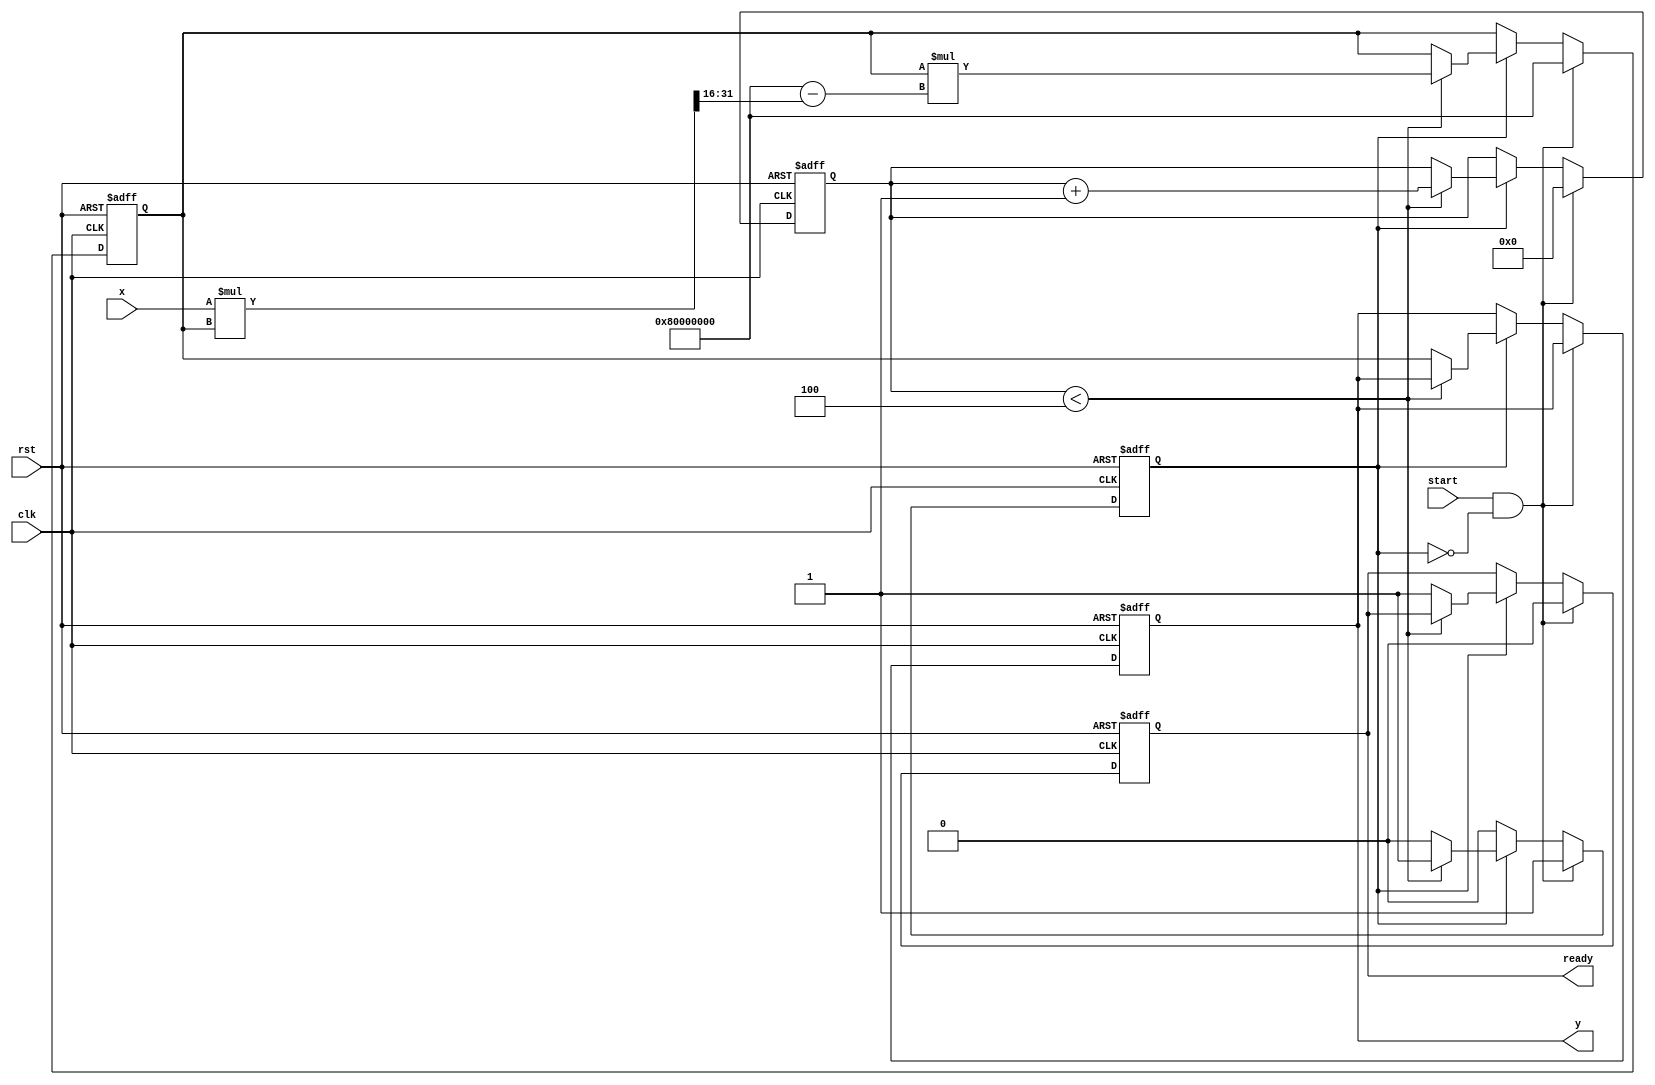
module binary_fractional_reciprocal #(
    parameter N = 16, // Input width
    parameter M = 32  // Output width
)(
    input wire clk,
    input wire rst,
    input wire [N-1:0] x, // Input (0 < x < 1)
    input wire start,
    output reg [M-1:0] y, // Output (reciprocal of x)
    output reg ready // Indicates when the output is valid
);

    // Internal registers
    reg [M-1:0] approx; // Current approximation of the reciprocal
    reg [3:0] iteration; // Iteration counter
    reg busy; // Busy flag for processing

    // Constants for Newton-Raphson method
    localparam [M-1:0] ONE = {1'b1, {M-1{1'b0}}}; // Fixed-point representation of 1

    // State machine for the reciprocal calculation
    always @(posedge clk or posedge rst) begin
        if (rst) begin
            y <= 0;
            approx <= 0;
            iteration <= 0;
            busy <= 0;
            ready <= 0;
        end else begin
            if (start && !busy) begin
                // Initialize for the first iteration
                approx <= ONE; // Initial guess for 1/x
                iteration <= 0;
                busy <= 1;
                ready <= 0;
            end else if (busy) begin
                if (iteration < 4) begin // Limit iterations to 4 for convergence
                    // Newton-Raphson iteration: approx = approx * (2 - x * approx)
                    approx <= approx * (ONE - (x * approx >> N)); // Shift right for fixed-point
                    iteration <= iteration + 1;
                end else begin
                    // Finished iterations
                    y <= approx;
                    busy <= 0;
                    ready <= 1; // Output is valid
                end
            end
        end
    end

endmodule